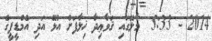
2014 - 5:33  މާލޭގައި ޤަވާޢިދާ ޚިލާފަށް އުޅޭ އަދި އެމްޑީޕީގެ